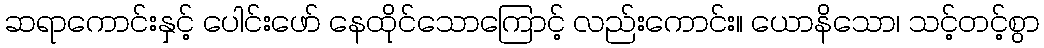
ဆရာကောင်းနှင့် ပေါင်းဖော် နေထိုင်သောကြောင့် လည်းကောင်း။ ယောနိသော၊ သင့်တင့်စွာ